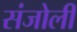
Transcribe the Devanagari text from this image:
संजोली